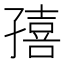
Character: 㝆